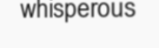
whisperous